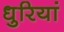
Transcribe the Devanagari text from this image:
धुरियां